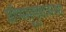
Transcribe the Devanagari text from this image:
ग्रीष्मसुषुप्तावस्था